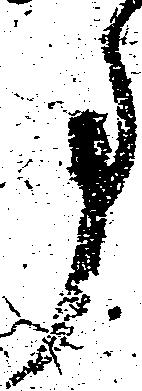
事